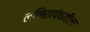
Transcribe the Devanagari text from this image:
ललितापंचमीला